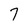
Character: 7